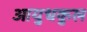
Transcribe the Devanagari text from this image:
आयुधकुल